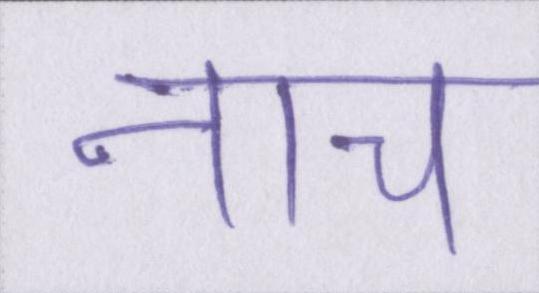
नाच